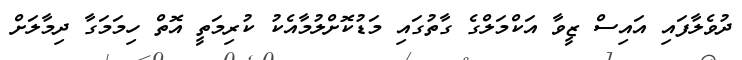
ދުވެލާފައި އައިސް ޒީވާ އަކްމަލްގެ ގާތުގައި މަޑުކޮށްލުމާއެކު ކުރިމަތީ އޮތް ހިމަމަގާ ދިމާލަށް